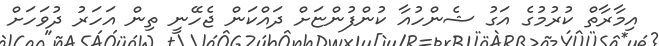
އިމާރާތް ކުރުމުގެ އަގު ޝެންހުއާ ކުންފުންޏަށް ދައްކަން ޖެހޭނީ ތިން އަހަރު ދުވަހަށް